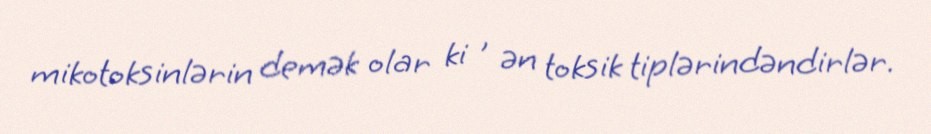
mikotoksinlərin demək olar ki , ən toksik tiplərindəndirlər.